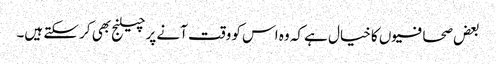
بعض صحافیوں کا خیال ہے کہ وہ اس کو وقت آنے پر چیلنج بھی کر سکتے ہیں۔